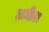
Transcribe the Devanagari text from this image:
अधीश